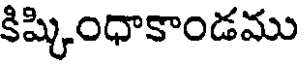
కిష్కింధాకాండము